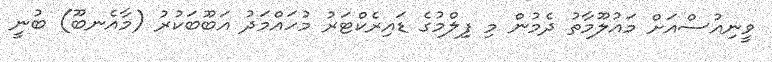
ވީނިއުސްއަށް މައުލޫމާތު ދެމުން މި ފިލްމުގެ ޑައިރެކްޓަރު މުހައްމަދު އަބޫބަކުރު (މާއެނބޫ) ބުނީ